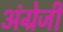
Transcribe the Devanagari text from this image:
अंग्रेजीं